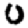
Digit: 0